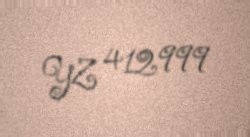
YZ 412999